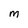
Character: M